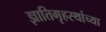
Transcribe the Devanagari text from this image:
ज्ञातिगृहस्थांच्या